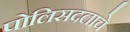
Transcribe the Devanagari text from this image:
पोलिसदलाचे